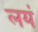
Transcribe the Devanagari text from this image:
लयं